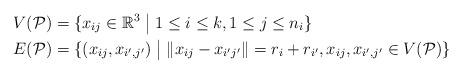
LaTeX: \begin{align*} V(\mathcal{P}) &= \{x_{ij} \in \mathbb{R}^{3} \; \big| \; 1 \leq i \leq k, 1 \leq j \leq n_{i}\} \\ E(\mathcal{P}) &= \{(x_{ij},x_{i',j'}) \; \big| \; \|x_{ij}-x_{i'j'}\| = r_{i} + r_{i'}, x_{ij},x_{i',j'} \in V(\mathcal{P})\}\end{align*}